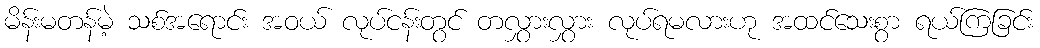
မိန်းမတန်မဲ့ သစ်အရောင်း အဝယ် လုပ်ငန်းတွင် တလွှားလွှား လုပ်ရမလားဟု အထင်သေးစွာ ရယ်ကြခြင်း